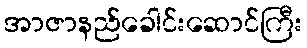
အာဇာနည်ခေါင်းဆောင်ကြီး